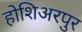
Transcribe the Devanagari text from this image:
होशिअरपुर